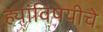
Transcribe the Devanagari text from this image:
ह्यांविषयीचे